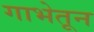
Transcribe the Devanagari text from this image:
गाभेतून